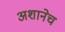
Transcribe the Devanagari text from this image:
अशानेच